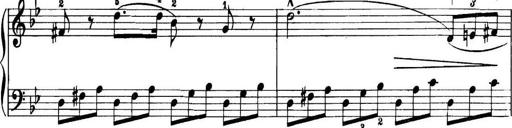
Title: 11 Sonatinas
Composer: Anton Diabelli